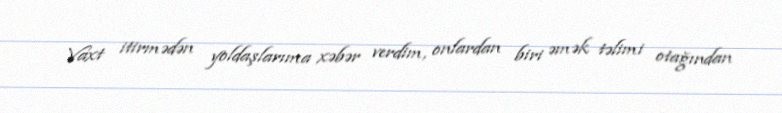
Vaxt itirmədən yoldaşlarıma xəbər verdim, onlardan biri əmək təlimi otağından